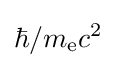
{\hbar }/{m_{\text{e}}c^{2}}